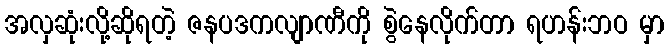
အလှဆုံးလို့ဆိုရတဲ့ ဇနပဒကလျာဏီကို စွဲနေလိုက်တာ ရဟန်းဘဝ မှာ